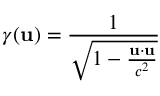
\gamma ( \mathbf { u } ) = { \frac { 1 } { \sqrt { 1 - { \frac { \mathbf { u } \cdot \mathbf { u } } { c ^ { 2 } } } } } }